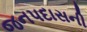
જનપદાસની